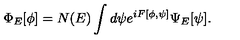
\Phi _ { E } [ \phi ] = N ( E ) \int d \psi e ^ { i F [ \phi , \psi ] } \Psi _ { E } [ \psi ] .